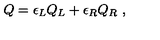
Q = \epsilon _ { L } Q _ { L } + \epsilon _ { R } Q _ { R } \ ,